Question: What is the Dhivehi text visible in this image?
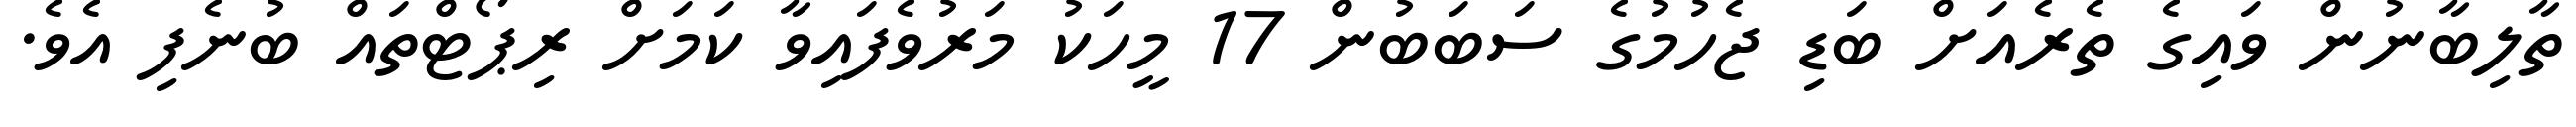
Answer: ތާލިބާނުން ވައިގެ ތެރެއަށް ބަޑި ޖެހުމުގެ ސަބަބުން 17 މީހަކު މަރުވެފައިވާ ކަމަށް ރިޕޯޓްތައް ބުނެފި އެވެ.